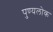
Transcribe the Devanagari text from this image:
पुण्यलोक